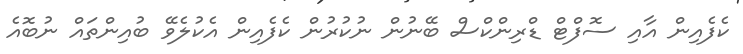
ކެފެއިން އާއި ސޮފްޓް ޑްރިންކްސް ބޭނުން ނުކުރުން ކެފެއިން އެކުލެވޭ ބުއިންތައް ނުބޮއެ